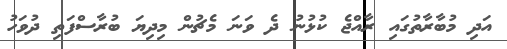
އަދި މުބާރާތުގައި ރާއްޖެ ކުޅުނު ދެ ވަނަ މެޗުން މިދިޔަ ބުރާސްފަތި ދުވަހު